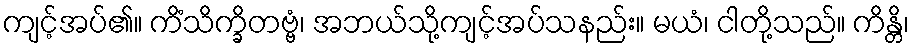
ကျင့်အပ်၏။ ကိံသိက္ခိတဗ္ဗံ၊ အဘယ်သို့ကျင့်အပ်သနည်း။ မယံ၊ ငါတို့သည်။ ကိန္တိ၊